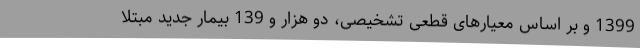
1399 و بر اساس معیارهای قطعی تشخیصی، دو هزار و 139 بیمار جدید مبتلا